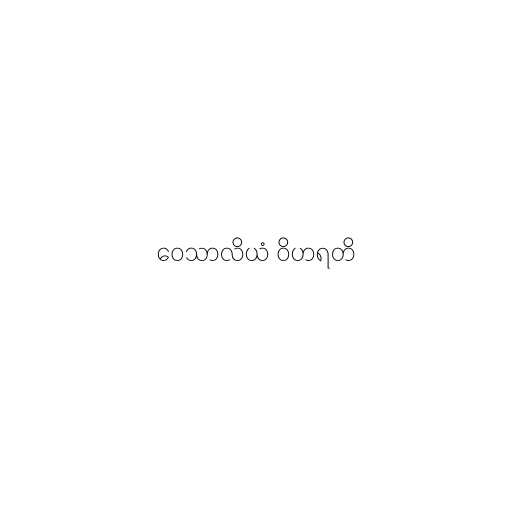
ဝေသာလိယံ ဝိဟရတိ